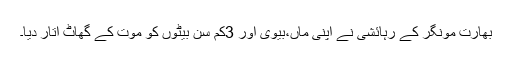
بھارت مونگر کے رہائشی نے اپنی ماں،بیوی اور 3کم سن بیٹوں کو موت کے گھاٹ اتار دیا۔